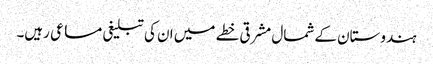
ہندوستان کے شمال مشرقی خطے میں ان کی تبلیغی مساعی رہیں۔